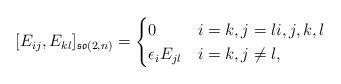
LaTeX: \begin{align*}[E_{ij},E_{kl}]_{\mathfrak{so}(2,n)}=\begin{cases} 0 & i=k, j=li,j,k,l \\ \epsilon_i E_{jl} & i=k, j \neq l, \\ \end{cases} \end{align*}